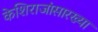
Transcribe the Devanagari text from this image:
केशिराजांसारख्या